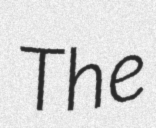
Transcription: The